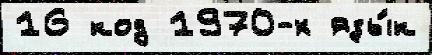
16 код 1970-х язы́к